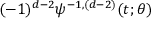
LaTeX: ( - 1 ) ^ { d - 2 } \psi ^ { - 1 , ( d - 2 ) } ( t ; \theta )